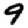
Digit: 9